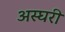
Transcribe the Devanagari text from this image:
अस्घरी